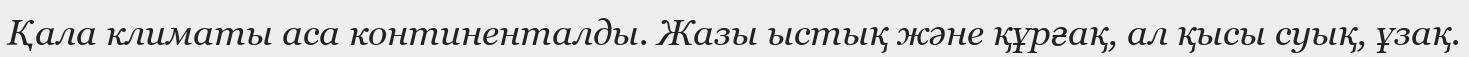
Қала климаты аса континенталды. Жазы ыстық және құрғақ, ал қысы суық, ұзақ.